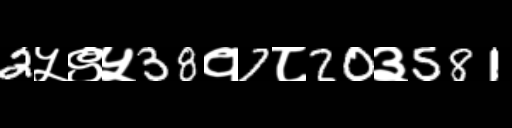
Text: 2५९५38१7८20३581